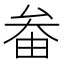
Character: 𡘞